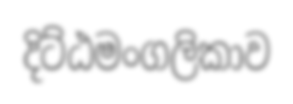
දිට්ඨමංගලිකාව